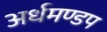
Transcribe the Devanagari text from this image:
अर्धमण्डप